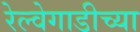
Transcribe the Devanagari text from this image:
रेल्वेगाडीच्या